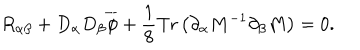
LaTeX: R _ { \alpha \beta } + D _ { \alpha } D _ { \beta } \overline { { { \phi } } } + \frac { 1 } { 8 } \mathrm { T r } \left( \partial _ { \alpha } M ^ { - 1 } \partial _ { \beta } M \right) = 0 .